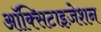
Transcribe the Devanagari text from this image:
ऑक्सिटाइज़ेशन